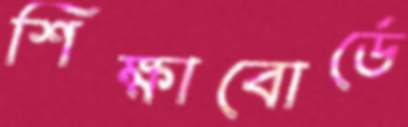
শিক্ষাবোর্ডে